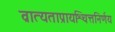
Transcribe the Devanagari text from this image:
व्रात्यताप्रायश्चित्तनिर्णय